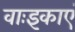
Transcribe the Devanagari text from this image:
वाःइकाएं